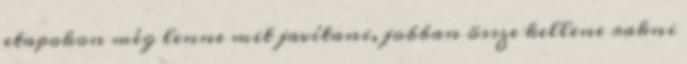
etapokon még lenne mit javítani, jobban össze kellene rakni